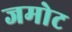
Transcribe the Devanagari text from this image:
जमोट